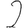
Digit: 2